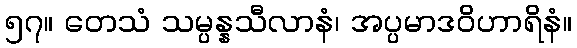
၅၇။ တေသံ သမ္ပန္နသီလာနံ၊ အပ္ပမာဒဝိဟာရိနံ။